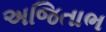
અજિતાભ